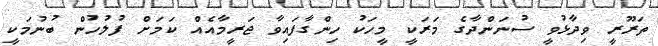
ތަރޫރީ ވިދާޅުވީ ސުނަންދާގެ މަރަކީ މީހަކު ހިންގާފައިވާ ޖަރީމާއެއް ކަމަށް ފުލުހުން ބުނުމަކީ